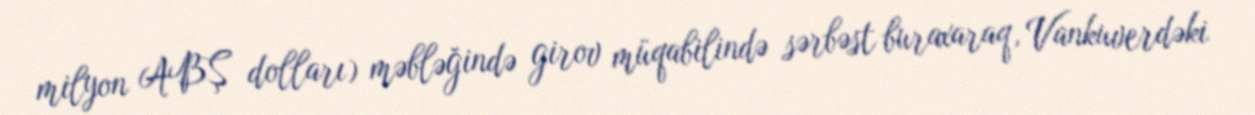
milyon ABŞ dolları) məbləğində girov müqabilində sərbəst buraxaraq, Vankuverdəki